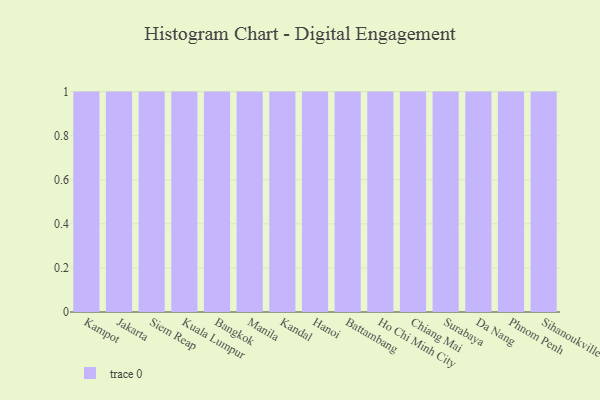
{"axis": {"x": "City", "y": "Backlog"}, "legend": [""], "data": [{"x": "Kampot", "y": 54, "type": ""}, {"x": "Jakarta", "y": 60, "type": ""}, {"x": "Siem Reap", "y": 14, "type": ""}, {"x": "Kuala Lumpur", "y": 37, "type": ""}, {"x": "Bangkok", "y": 27, "type": ""}, {"x": "Manila", "y": 27, "type": ""}, {"x": "Kandal", "y": 61, "type": ""}, {"x": "Hanoi", "y": 90, "type": ""}, {"x": "Battambang", "y": 45, "type": ""}, {"x": "Ho Chi Minh City", "y": 11, "type": ""}, {"x": "Chiang Mai", "y": 41, "type": ""}, {"x": "Surabaya", "y": 87, "type": ""}, {"x": "Da Nang", "y": 22, "type": ""}, {"x": "Phnom Penh", "y": 32, "type": ""}, {"x": "Sihanoukville", "y": 14, "type": ""}]}